Bréfritari: Erlendur Ólafsson
Viðtakandi: Jón Borgfirðings Jónsson
Dagsetning: A-1867-06-05
Skrifað á: Akureyri  Eyf.

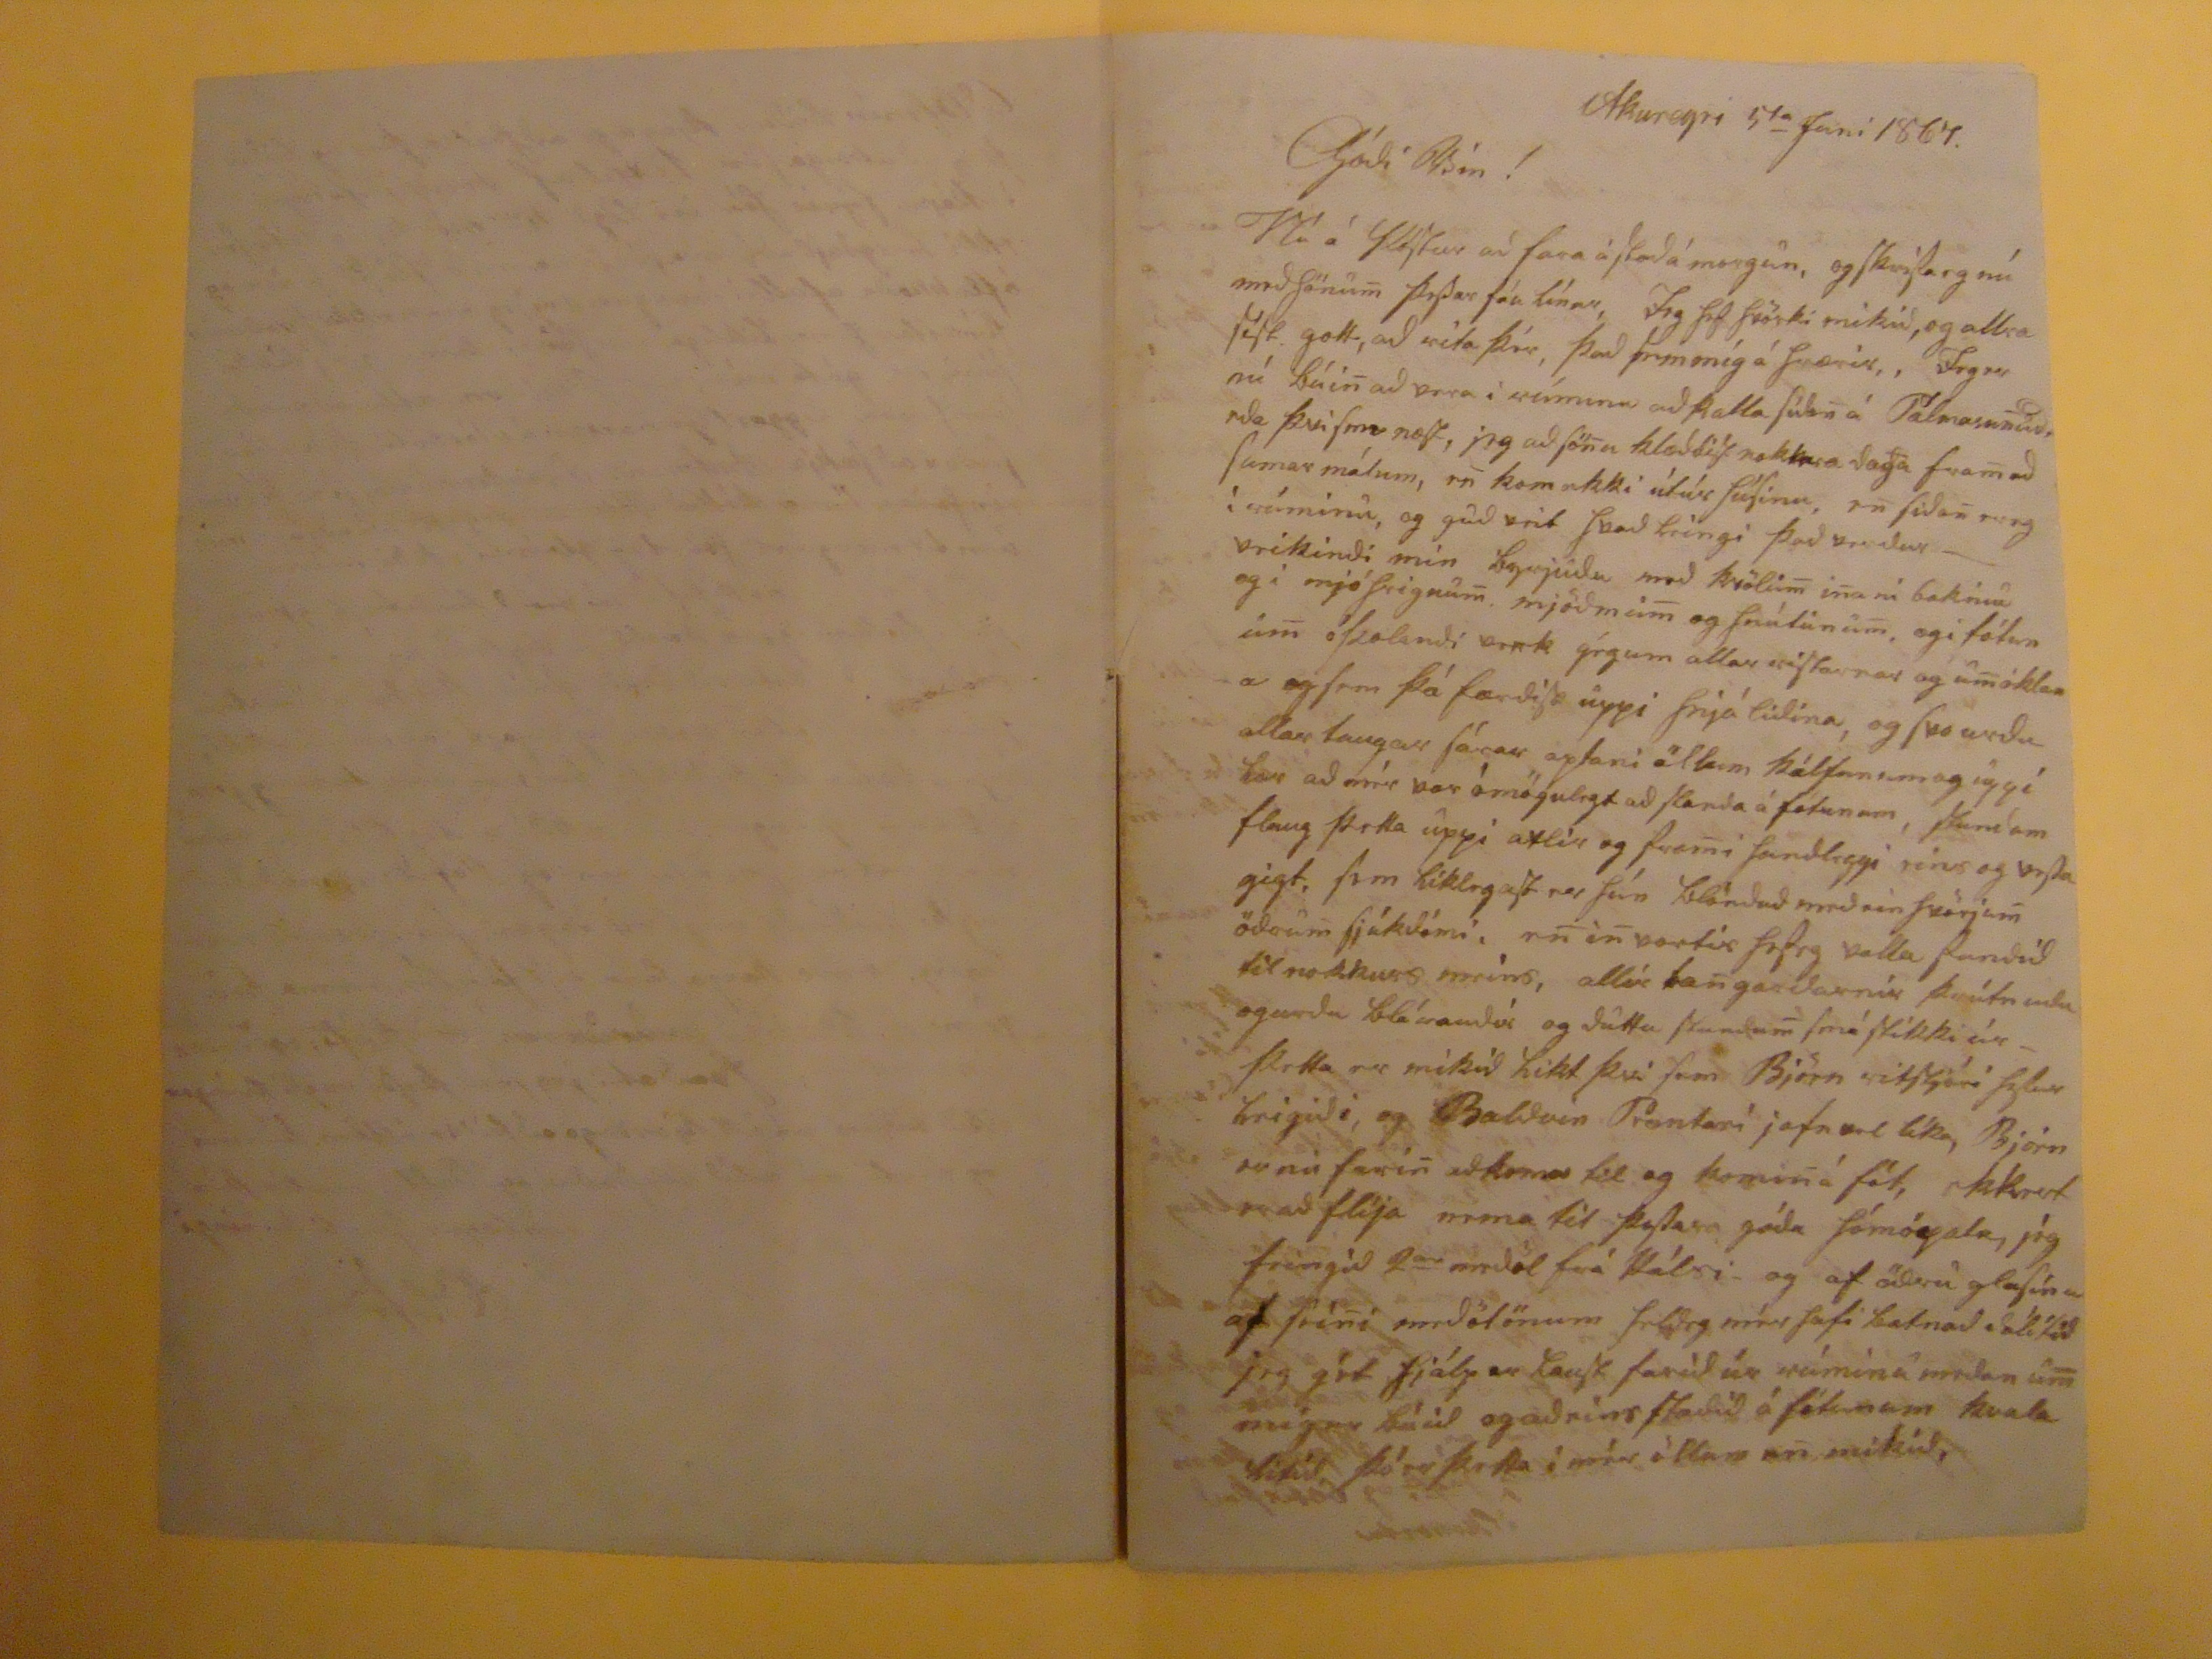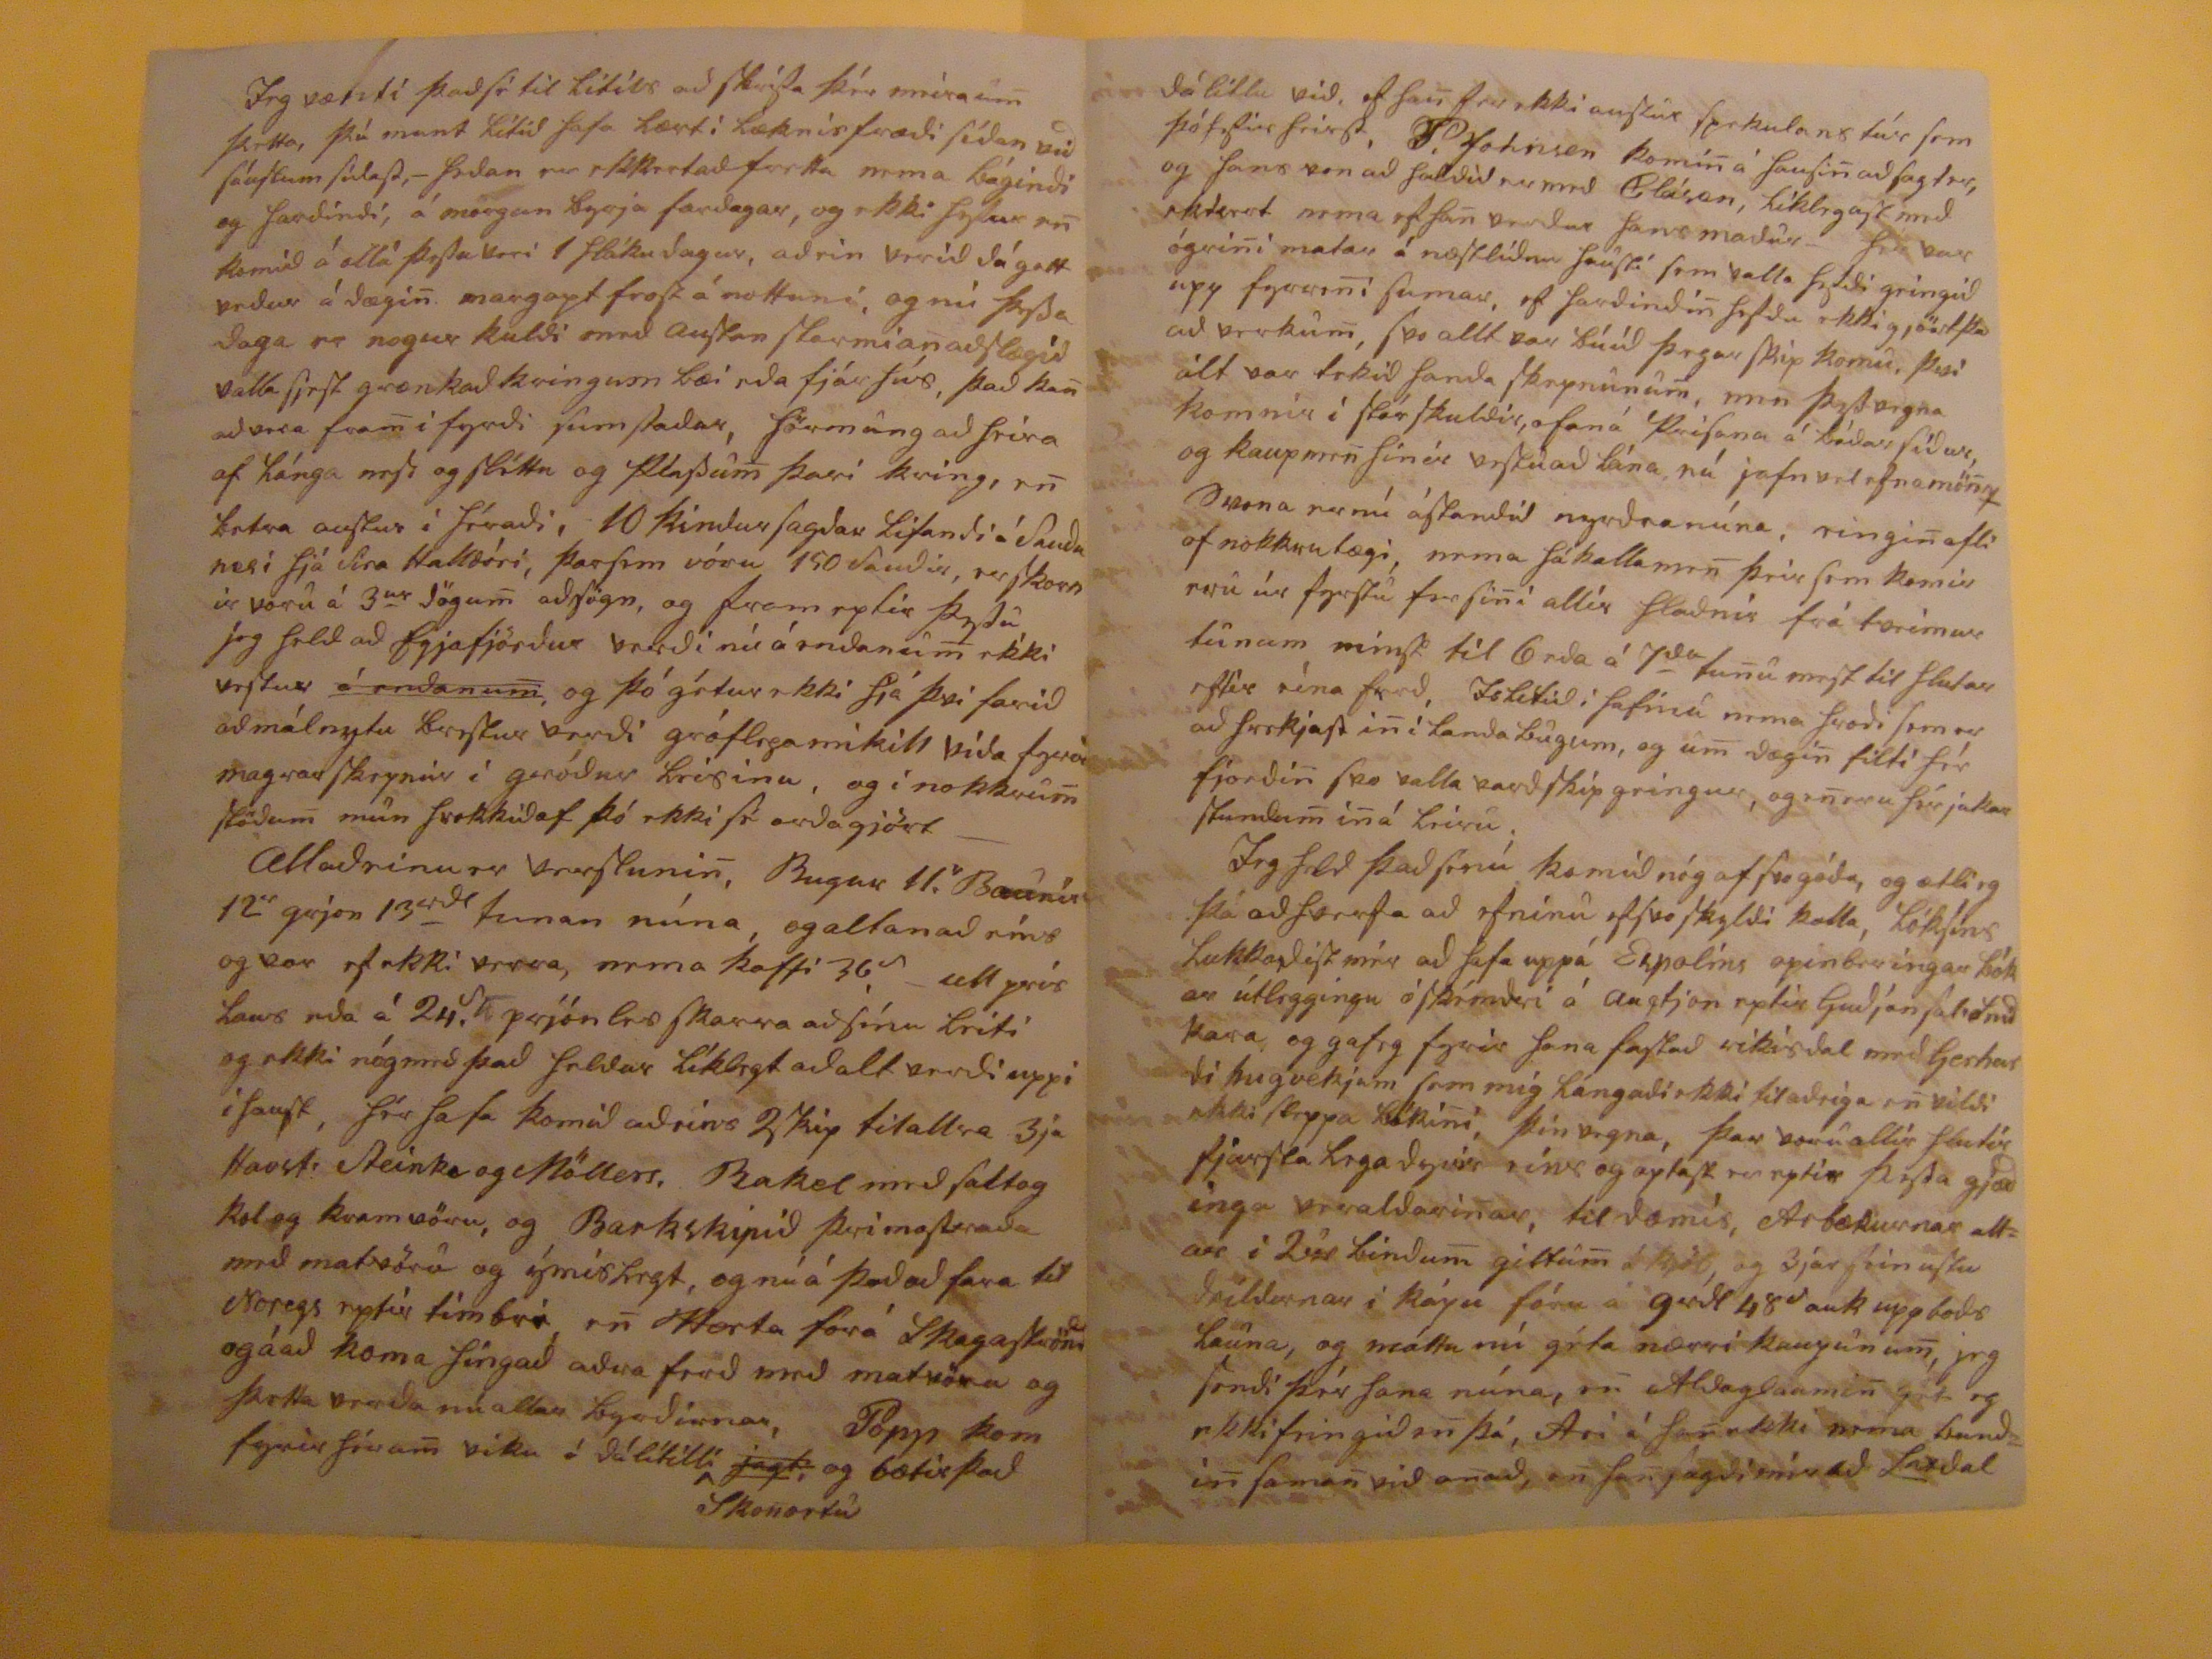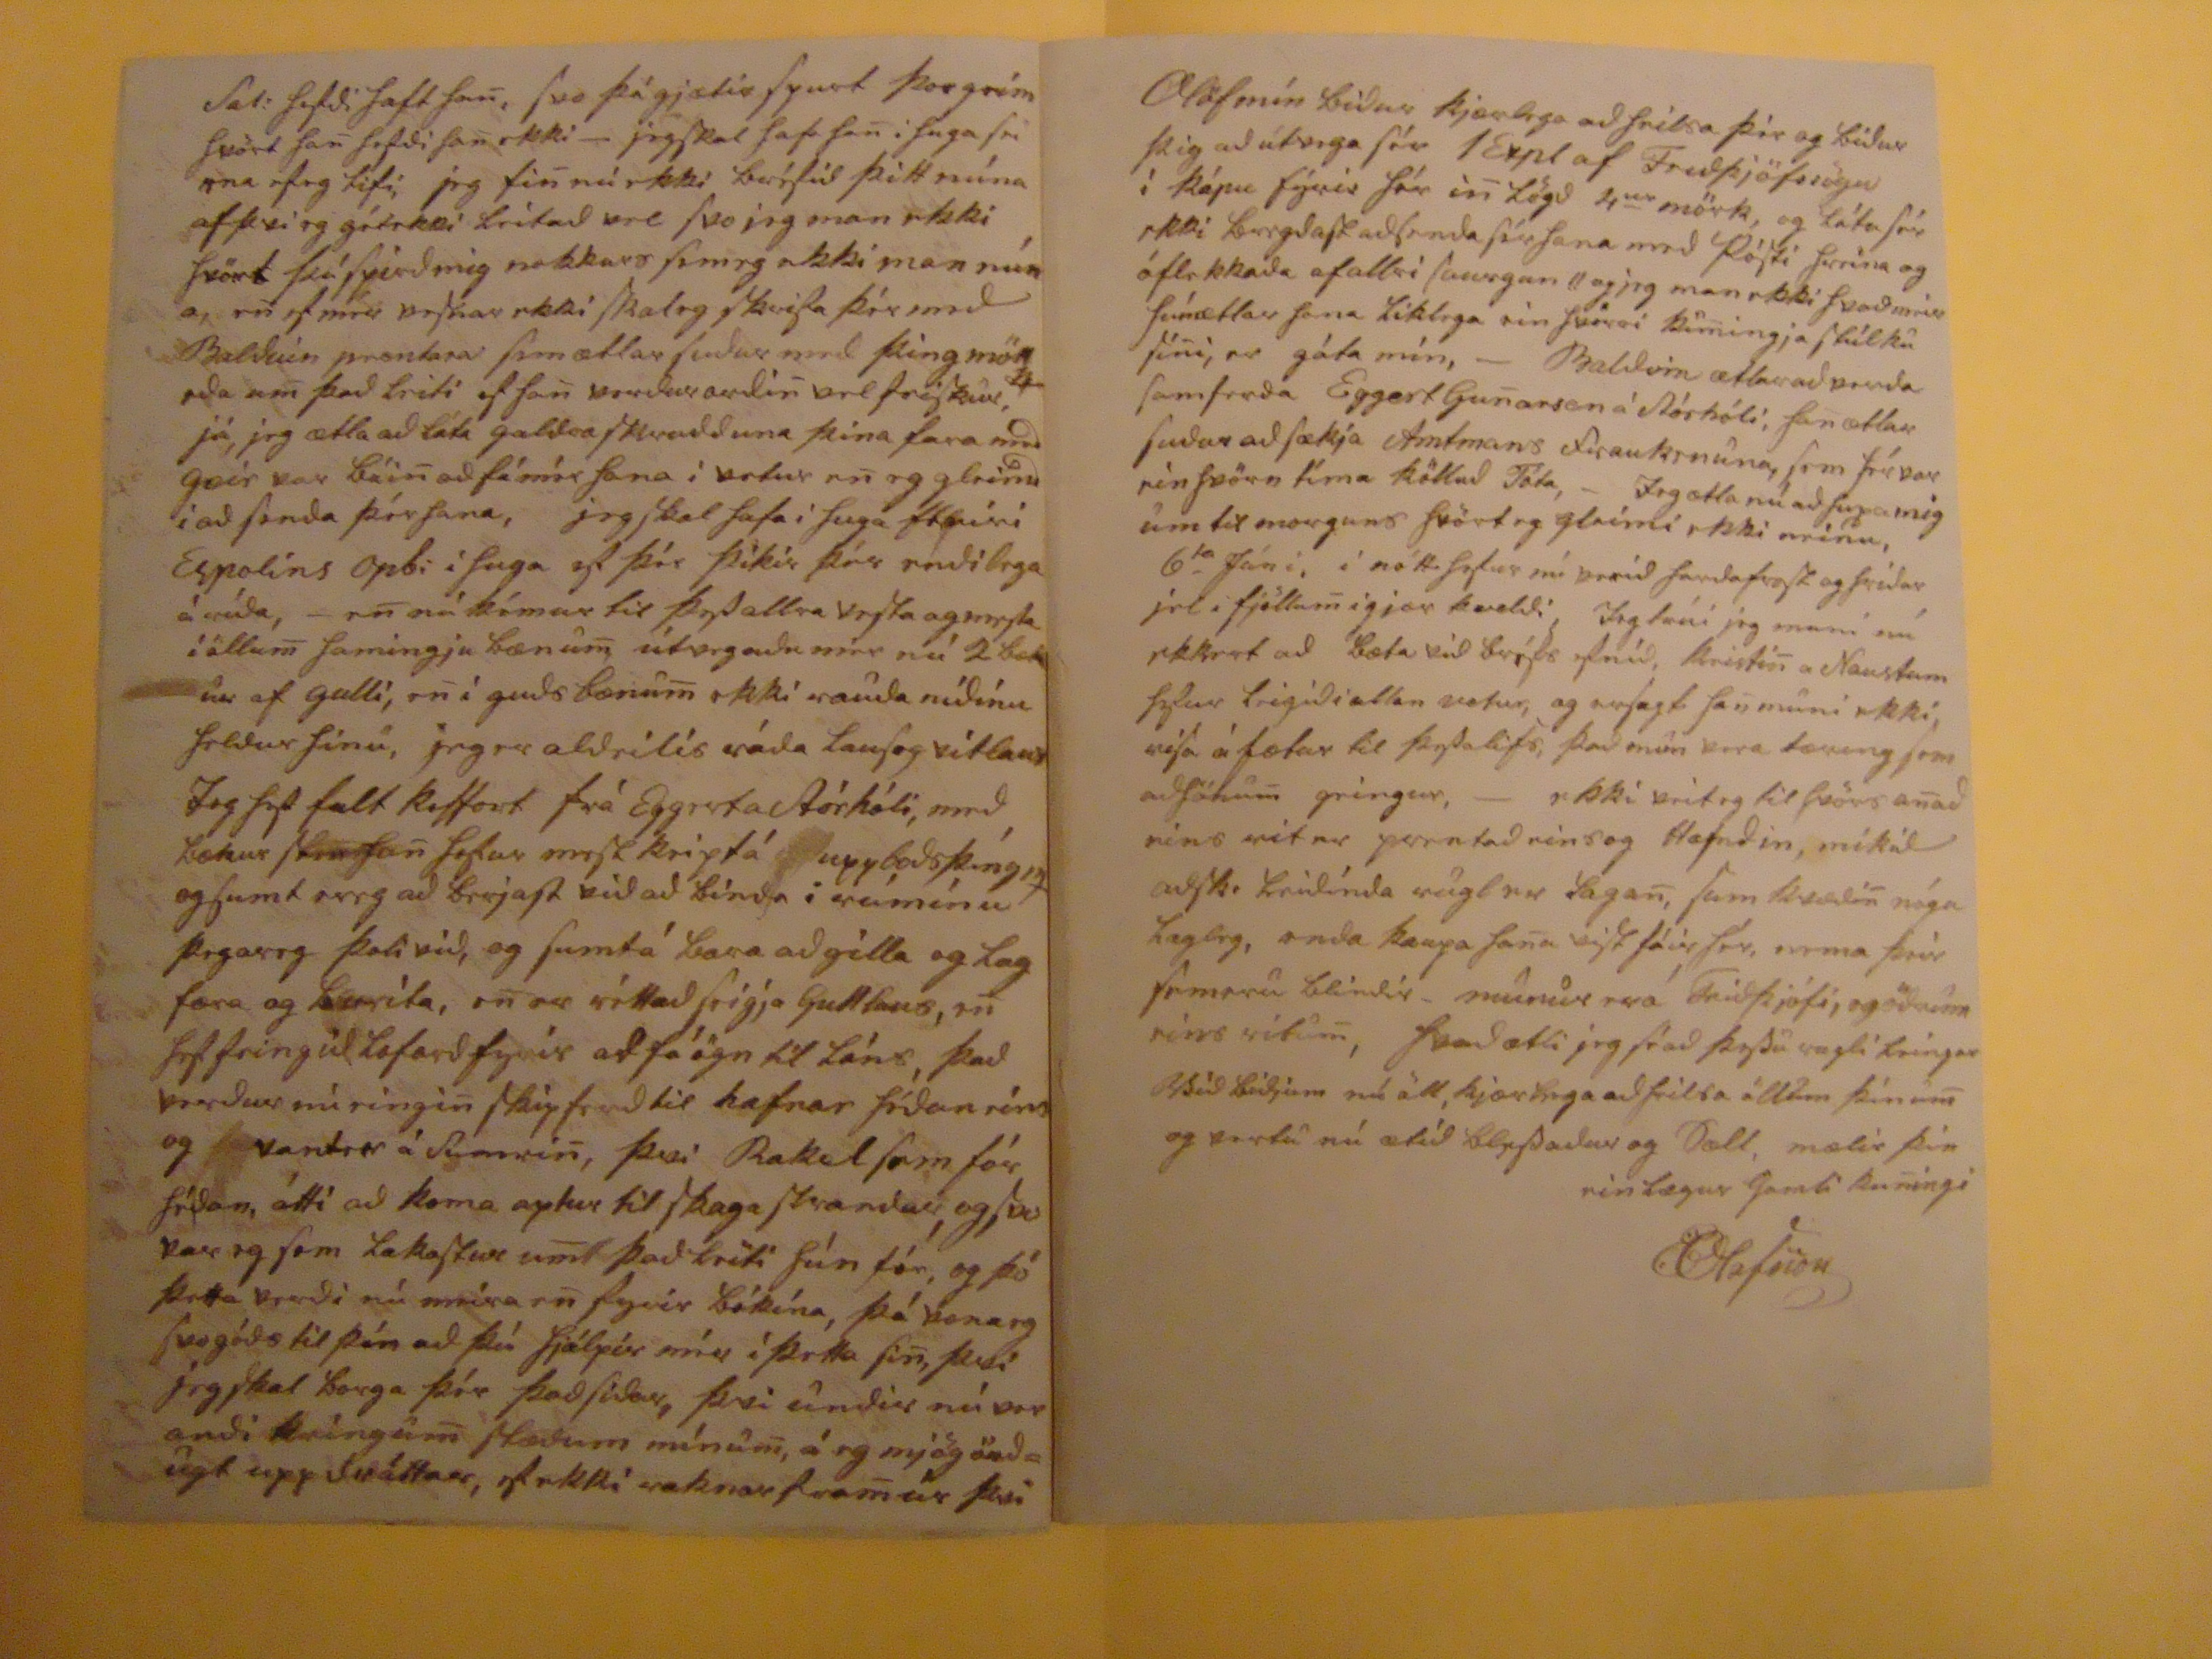

Akureyri 5
ta
Juni 1867
Góði Vin!
?? á ????
að fara á stoðá mrogun, og skrifaeg nú með hönu
m
þessar fáu línur, Jeg hef hvörki mikið, og allra síst gott, að rita þér, það sem míg á hrærir, Jeg er nú búi
n
að vera i rímunu að kalla síða
n
á Pálmasu
n
und. eda þvi sem næst, jeg að sö
n
u
klæðdist
nokkra daga fra
m
sumar málum, e
n
kom ekki útúr húsinu, e
n
sida
n
ereg í rúminu, og guð veit hvað leingi það verður -- veikindi mín byrjuðu með kv0ldu
m
i
n
a ní bakinu og i mjóhrignu
m
. mjöðmim
m
og hnútunum, og i fótunu
m
óþolandi verk gégum allar ristarnar og u
m
óklana og sem þá færðist uppi hnjáliðina, og svo urðu allar taugar sárar optari öllum kálfunum og
uppi tær
að mér var ómögulegt að standa á fótunum, stundum flaut þetta uppi axlir og fra
m
i handleggi eins og vesta gigt, sem líklegast var hún blönduð með einhvörjum öðrum sjúkdómi, e
n
i
n
vortir hefeg valla gundið til nokkurs meins, allir ta
n
gardarnir þrútnuðu og urðu blórauðir og duttu stundum smá stikki úr þetta er mikið hikt því sem Björn ritstjóri hefur
heigiði
og Baldvin Prentari jafnvel líka, Björn er nú fari
n
að koma til og komi
n
á fót, ekkert er að flíja nema til þessa góða
hómögala, jég
feingið 2
ar
medöl frá Hálsi og af öðru glasínu af sei
n
i meðölönum heldeg mér hafi batnað
örlítið
jeg gét hjálpar laust farið úr rúminu medan u
m
miger
búið og aðeins staðið á fónunum kvala
vitið,
þó er þetta i mér öllum e
n
mikið,
Jeg vænti það só til lítils að skrifa þér meira um þetta, þú munt lítið hafa lært í læknirfræði síðan við sáustum síðast,- þaðan var ekkertað fretta nema bágindi og harðindi, á morgun byrja fardagar, og ekki hefur e
n
komið á
olli
þessa veri 1 hlákudagur, aðrir verið dágott veður á dægi
n
. margopt frost á nottuni, og nú þessa daga er nogur kuldi með austan stormianaðslægið valla sjest grænkað kringum bæi eða fjárhús, það ka
n
að vera fra
m
i fyrði sum staðar, förmung að
heira
af lánga nesi og sléttu og Plassu
m
þari kring, e
n
betra austur í héraði, 10 kindur sagðar lifandi á Sauðanesi hjá Sira Halldóri, þarsem vóru 150 Sauðir, er skornir voru á 3
ur
dögu
m
aðsögn, og fram eptir þessu jeg held að
Eyjafjörður
verði nú á endanu
m
ekki vestur
á endanum
, og þó gétur ekki hjá því farið að
málmytu
brestur verði gróflega mikill víða
fyr??
magrar skepnúr í gróður heirina, og í nokkru
m
stöðum mun hrokkið af þó ekki só orðagjört -
Atlaðeinu
er versluni
n
, Bugar 11."Baunir 12" grjon 13
rdl
tunan núna, og altanað eins og var ef ekki verra nema kaffi 36." -
utlprís
laus eða á 24." grjón
ler
skorra aðsína leiti og ekki nóg með það heldur líklegt að alt verði uppi í haust, hér hafa komið aðeins 2skip tilallra 3ja
Haust Steinka og Möllers
, Rakel með saltog kol og kramvöru, og Barkskipið þrimastraða með matvöru og ímislegt, og nú á það að fara til Noregs eptir timbri e
n
Morta
forá Skagaströnd og á að koma hingað aðra ferð með matvöru og þetta verða nú allar byrðirnar, Popp kom fyrir hér u
m
viku á dálítilli
jagt
,
Skonortu
og bætir það
dálitlu víð, ef ha
n
fer ekki austur
spekulans túr
sem þó hefur heirst,
P. Johnsen
komi
n
á hausi
n
að sager, og hans von að haldið var með Clásen, líklegast með ekkert nema ef ha
n
verður hans maður - hér var upp fyrre
n
í sumar, ef harðindi
n
hefðu ekki gjörst þá að verku
m
svo allt var búið þegar skip komu, því ált var tekið handa skepnunu
m
,
me
n
þess vegna komnir í stór skuldir, ofaná prísana á báðar síður, og kaupme
n
hinir vestuað lána, nú jafnvel efnamö
n
u
drona er
nú ástandið nyrðranúna, eingi
n
afli af nokkru tægi, nema hákallame
n
þrír sem komir eru úr fyrstu
frosi
n
i
allir hlaðnir frá
torimur tunum
minst til 6 rda á 7
da
tu
n
u mest til hlutar eftir eína ferð, Isletið i hafinu nema hroði sem er að hrekjast i
n
í landabugum, og u
m
dægi
n
filti fór fjordi
n
svo valla varð skip geingur, og e
n
eru hér jakar stundu
m
i
n
á leisu. Jeg held það senú komið nóg af svo góðu, og ætli eg þá að hverfa að efninu efsvo skyldi kalla, lóksins lukkaðist mér að hafa uppá Espilíns opinberingar bókar útleggingu óskémdri á
augtjon
eptir Guðjón
salednið kara
og gafeg fyrir hana fastað rikisdal með Gerhardi hugvekjum sem mig lángaði ekki til að eiga e
n
vildi ekki sleppa bókini, þín vegna, þar voruallir flutir fjarsta lega
depir
ein sog optast er eptir þessa gjæðinga veraldarinar, til dæmis, Arbækurnar allar i 2
ur
bindu
m
giltu
m
á kjöl, og 3jar seinustu deildurnar i kápu fóru á
9
rdl
48
d
auk uppboðs launa, og máttu nú géta nærri kaupunu
m
, jeg sendi þér hana núna, e
n
Aldaglanmi
n
get
eg ekki feingið e
n
þá, Ari á ha
n
ekki nema bundi
n
sama
n
við a
n
að, e
n
ha
n
sagði mér að Laxdal
Sal: hefði haft ha
n
, svo þá gjætir
spurt
Þorgrím hvört ha
n
hafði ha
n
ekki- jegskal hafa ha
n
í huga
seirna
efeg lifi, jeg fi
n
nú ekki bréfið þitt núna af þvi eg gétekki leitað vel svo jeg man ekki hvört þú spirð mig nokkurs semeg ekki man núna e
n
ef mér vesnar ekki skal eg skrifa þér með Bandvin prontara sem ætlar suður með þing
mön
eða u
m
það leiti ef ha
n
verður orði
n
vel friskur, já, jeg ætla að láta galdra skrudduna þína fara með
goir
var búi
n
að fá mér hana í vetur e
n
eg gleimdi að senda þér hana, jeg skal hafa í huga
fleiri
Espolins opb: í huga ef þér þikir þér endilega á ríða, - e
n
nú kémur til þessallra vesta og mesta í öllu
m
hamingju bænu
m
, útvegaðu mér nú 2 bækur af gulli, e
n
í guðs bænu
m
ekki rauðu nídínu heldur hinu, jeg er aldeilis ráða lausog vitlaus Jeg
hef
fult koffort frá Eggerta Stórhóli, með bækur sten ha
n
hefur mest keiptá uppboðsþíngi og sumt ereg að berjast við að binda i rúmínu þegareg þoli við, og sumtá bara að gilla og lagfæra og
beríta
, e
n
er ríttað seigja Gulllaus, e
n
hef feingið lofor fyrir að fá ögn til láns, það verður nú eingi
n
skipferð til hafnar síðan eins og vantar á Sumri
n
, þvi Rakel sem fór héðan, átti að koma aptur til skaga strandar, og svo var eg sem Lakastur u
m
það leiti hún fór, og þó þetta verði nú meira e
n
fyrir bókina, þá vona eg svo góðs til þín að þú hjálpir mér í þetta si
n
, þvi jeg skal borga þér það síðar, þvi undir nú varandi kringu
m
stæðum mínu
m
, á eg mjög öndugt upp dráttar, ef ekki
raknar
fra
m
úr þvi
Olöf mín biður kjærlega að heilsa þér og biður þig að útvega sér 1 Expl af Friðþjófssögu i kápu fýrir hér i
n
lögð 4
ur
mörk, og láta sér ekki bregðast að senda sér hana með Pósti hreina og óflekkaða af allri saurgan
11 og jeg
man ekki hvað mér
húnætlar
líklega ein hvörri ku
n
ingja stúlku sí
n
i, er gáta mín,- Baldvin ætlar að verða samferða Eggert Gu
n
arson á Stórhóli, han ætlar suður að sækja Amtmans
?raukenuna,
, sem hér var ein hvörn tíma kölluð tóta,- Jeg ætla nú að huga mig um til morguns hvört eg gleimi ekki neinu, 6
ta
Júni, i nótt hefur nú verið hardafrest og hríðar jel i fjöllu
m
i gjær kveldi Jeg trúi jeg muni nú ekkert að bæta við bréfs efnið, kristi
n
anaustum hefur leigið i allan vetur, og ersagt ha
n
muni ekki, risa á fætur til þessa lifs, það mun vera tæring sem að hönu
m
geingur,- ekki veit eg til hvörs a
n
að eins riter prentað eins og Hafndin, mikil
ask
leidinda rugl er laga
n
, sum kvæði
n
nógu lagleg, enda kaupa ha
n
a vist fáir hér, nema þrír semeru blindir- munur erá Friðþjófi, og öðrum eins ritu
m
, hvað ætli jeg sá að þessu rugli leingur
Við biðjum nú öll kjærlega að heilsa öllum þínu
m
og vertu nú ætíð blessaður og Sæll, mælir þinn einlægur Gamli ku
n
ingi
EOlafsson